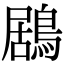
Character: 鶋